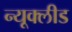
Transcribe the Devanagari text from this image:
न्यूक्लीड